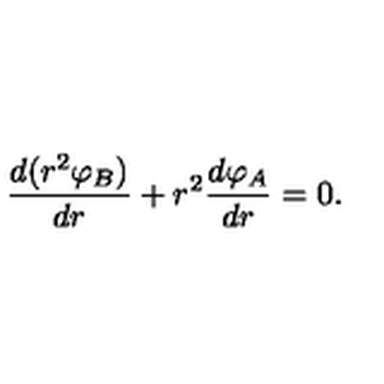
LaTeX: \frac { d ( r ^ { 2 } { \varphi } _ { B } ) } { d r } + r ^ { 2 } \frac { d \varphi _ { A } } { d r } = 0 .